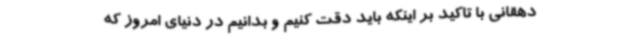
دهقانی با تاکید بر اینکه باید دقت کنیم و بدانیم در دنیای امروز که